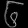
Digit: ၆